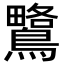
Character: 𪅅